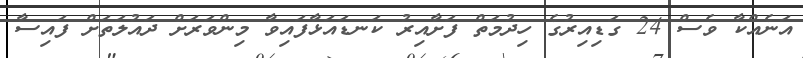
އަނެއްކާ ވެސް 24 ގަޑިއިރުގެ ހިދުމަތް ފަށާއިރު ކަނޑައަޅާފައިވާ މިންވަރަށް ދައުލަތަށް ފައިސާ